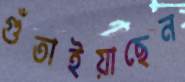
গুঁতাইয়াছেন